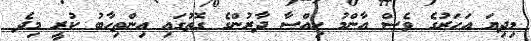
މިދިޔަ އަހަރުގެ ވެސް އާންމު ހިއްސާ ދާރުންގެ ގޮތުގައި އިންތިހާބު ކުރީ މިދެ